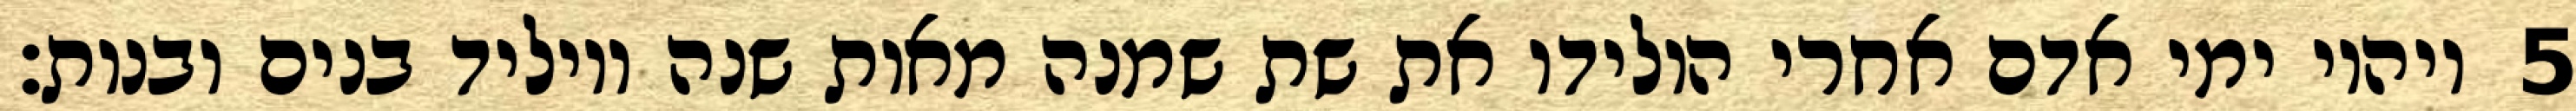
ויהיו ימי אדם אחרי הולידו את שת שמנה מאות שנה ויוליד בנים ובנות׃ ‎5‏